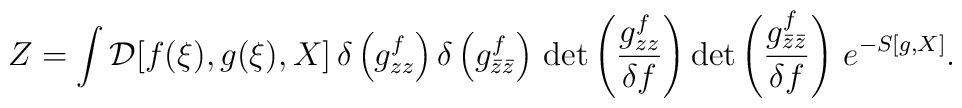
Z = \int {\cal D}[f(\xi),g(\xi),X] \, \delta \left(g_{zz}^{f} \right)\delta \left(g_{\bar{z}\bar{z}}^{f} \right) \, {\rm det}\left( \frac{g_{zz}^{f}}{\delta f} \right) {\rm det}\left( \frac{g_{\bar{z}\bar{z}}^{f}}{\delta f} \right) \, e^{-S[g,X]}.